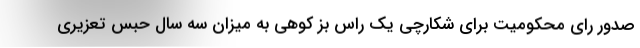
صدور رای محکومیت برای شکارچی یک راس بز کوهی به میزان سه سال حبس تعزیری